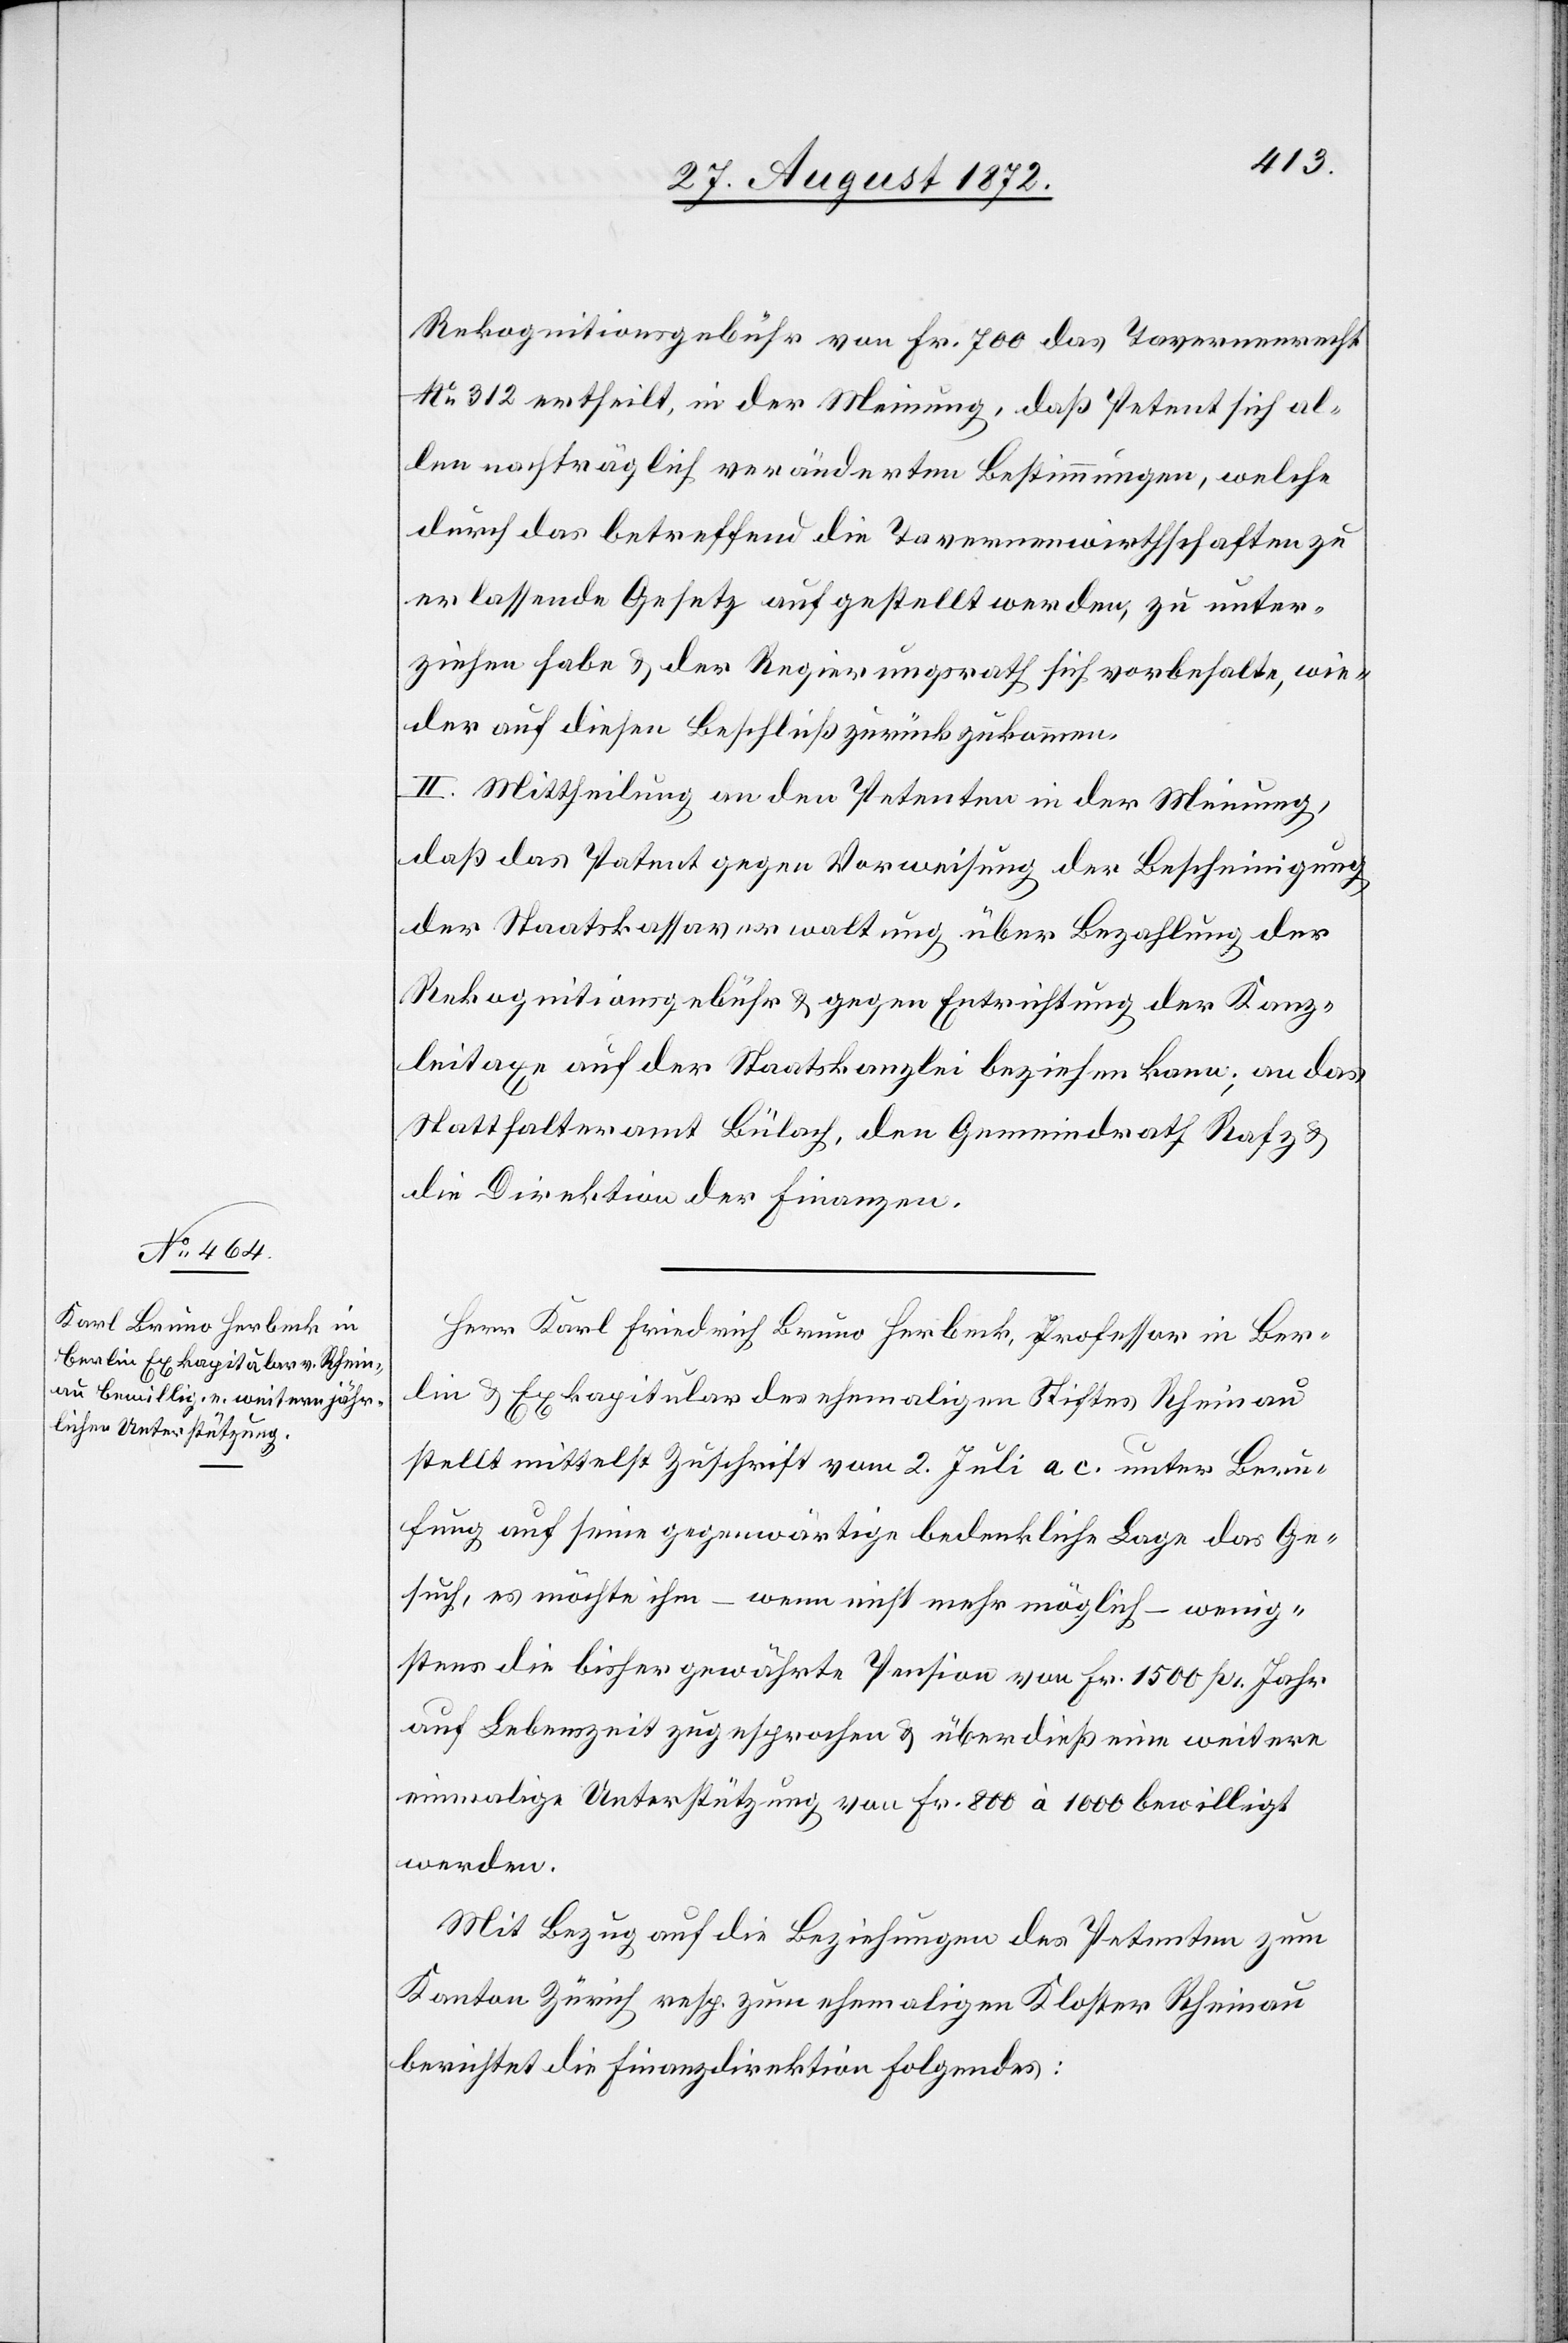
Rekognitionsgebühr von Fr. 700 das Tavernenrecht
No 312 ertheilt, in der Meinung, daß Petent sich al¬
len nachträglich veränderten Bestimmungen, welche
durch das betreffend die Tavernenwirthschaften zu
erlassende Gesetz aufgestellt werden, zu unter¬
ziehen habe u. der Regierungsrath sich vorbehalte, wie¬
der auf diese Beschluß zurückzukommen.
II. Mittheilung an den Petenten in der Meinung,
daß das Patent gegen Vorweisung der Bescheinigung
der Staatskassaverwaltung über Bezahlung der
Rekognitionsgebühr u. gegen Entrichtung der Kanz¬
leitaxe auf der Staatskanzlei beziehen kann; an das
Statthalteramt Bülach, den Gemeindrath Rafz u.
die Direktion der Finanzen.
Herr Karl Friedrich Bruno Herbeck, Professor in Ber¬
lin u. Exkapitular des ehemaligen Stiftes Rheinau
stellt mittelst Zuschrift vom 2. Juli a. c. unter Beru¬
fung auf seine gegenwärtige bedenkliche Lage das Ge¬
such, es möchte ihm – wenn nicht mehr möglich – wenig¬
stens die bisher gewährte Pension von Fr. 1500 pr. Jahr
auf Lebenszeit zugesprochen u. überdieß eine weitere
einmalige Unterstützung von Fr. 800 à 1000 bewilligt
werden.
Mit Bezug auf die Beziehungen des Petenten zum
Kanton Zürich resp. zum ehemaligen Kloster Rheinau
berichtet die Finanzdirektion folgendes: